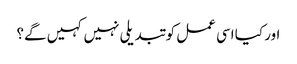
اور کیا اسی عمل کو تبدیلی نہیں کہیں گے؟